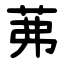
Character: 茀